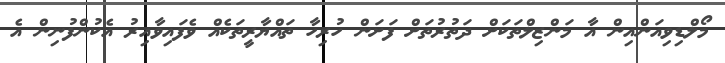
މޯލްޑިވިއަންއިން އާ މަންޒިލްތަކަށް ދަތުރުތަށް ފަށަން ހުރިހާ ތައްޔާރީތަކެއް ވެފައިވާއިރު އެކުންފުނިން އެ